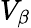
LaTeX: V_{\beta}